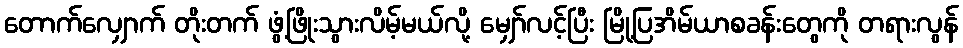
တောက်လျှောက် တိုးတက် ဖွံ့ဖြိုးသွားလိမ့်မယ်လို့ မျှော်လင့်ပြီး မြို့ပြအိမ်ယာစခန်းတွေကို တရားလွန်